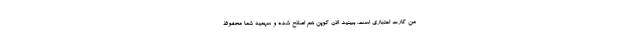
من کارت اعتباری است. ببینید الان کوپن هم اصلاح شده و سهمیه شما محفوظ